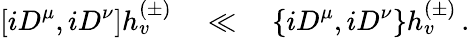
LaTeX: \left[iD^{\mu},iD^{\nu}\right]h_{v}^{(\pm)}\quad\ll\quad\left\{ iD^{\mu},iD^{\nu}\right\} h_{v}^{(\pm)}\, .